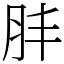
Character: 肨